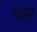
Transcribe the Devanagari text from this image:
गडबडून